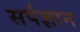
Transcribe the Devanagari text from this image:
सर्पज्ञान